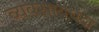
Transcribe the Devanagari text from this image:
व्यवसायधंदा